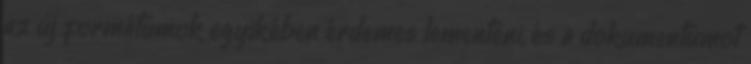
az új formátumok egyikében érdemes lementeni, és a dokumentumot